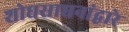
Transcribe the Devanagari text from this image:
शोधसाधनांद्वारे